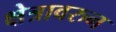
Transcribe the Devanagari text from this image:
क्षेत्रावरुन